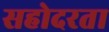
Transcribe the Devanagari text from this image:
सहोदरता